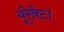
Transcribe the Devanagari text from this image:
यूरेनेट।